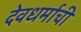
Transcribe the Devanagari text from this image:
देवधर्माची